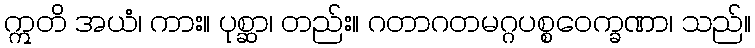
ဣတိ အယံ၊ ကား။ ပုစ္ဆာ၊ တည်း။ ဂတာဂတမဂ္ဂပစ္စဝေက္ခဏာ၊ သည်။